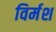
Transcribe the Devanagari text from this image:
विर्मश